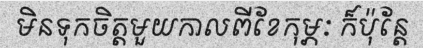
មិនទុកចិត្តមួយកាលពីខែកុម្ភៈ ក៏ប៉ុន្តែ